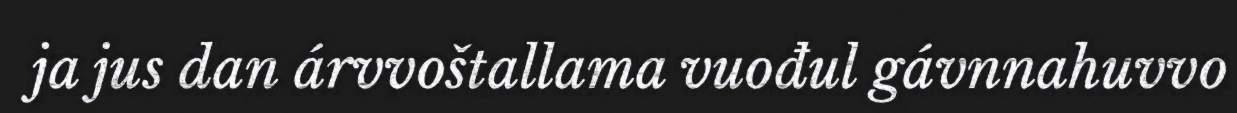
ja jus dan árvvoštallama vuođul gávnnahuvvo